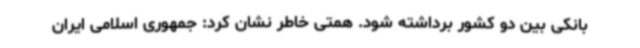
بانکی بین دو کشور برداشته شود. همتی خاطر نشان کرد: جمهوری اسلامی ایران